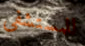
للمستشفى